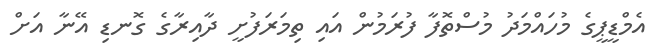
އެމްޑީޕީގެ މުހައްމަދު މުސްތޮފާ ފުރަމުން އައި ތިމަރަފުށީ ދާއިރާގެ ގޮނޑި އޭނާ އަށް